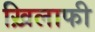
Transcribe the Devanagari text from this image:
ख़िलाफी